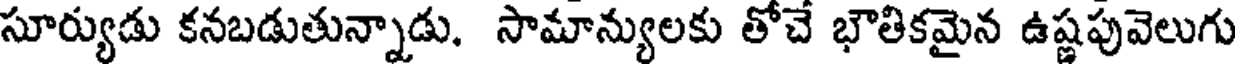
సూర్యుడు కనబడుతున్నాడు. సామాన్యులకు తోచే భౌతికమైన ఉష్ణపువెలుగు